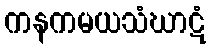
ကနကမယသံဃာဋံ